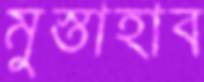
মুস্তাহাব